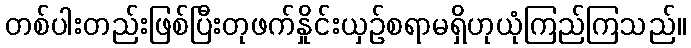
တစ်ပါးတည်းဖြစ်ပြီးတုဖက်နှိုင်းယှဉ်စရာမရှိဟုယုံကြည်ကြသည်။